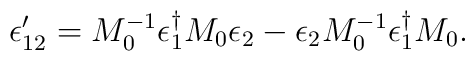
\epsilon'_{12} = M_0^{-1} \epsilon_1^{\dagger} M_0 \epsilon_2-\epsilon_2 M_0^{-1}\epsilon_1^{\dagger} M_0.